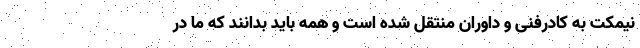
نیمکت‌ به کادرفنی و داوران منتقل شده است و همه باید بدانند که ما در